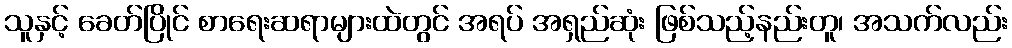
သူနှင့် ခေတ်ပြိုင် စာရေးဆရာများထဲတွင် အရပ် အရှည်ဆုံး ဖြစ်သည့်နည်းတူ၊ အသက်လည်း